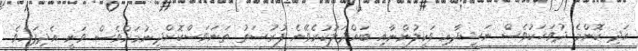
އަދި ކޮންމެ ދުވަހަކުވެސް ނަޝީދާއި ވަކީލުންނާއި ބައްދަލުކުރެވޭނެ ފުރުސަތު ތަނަވަސްކޮށްދިނުމަށްވެސް ވަނީ އެދިފައެވެ.